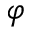
\varphi